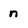
Character: n